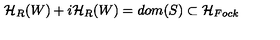
{ \cal H } _ { R } ( W ) + i { \cal H } _ { R } ( W ) = d o m ( S ) \subset { \cal H } _ { F o c k }